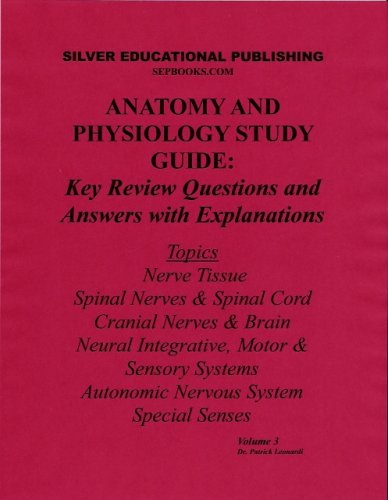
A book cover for Anatomy and Physiology Study Guide: Key Review Questions and Answers with Explanations (Volume 3: Nerve Tissue, Spinal Nerves & Spinal Cord, Cranial Nerves & Brain, Neural Integrative, Motor & Sensory Systems, Autonomic Nervous System, Special Senses); Patrick Leonardi; Health, Fitness & Dieting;